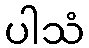
ပါသံ